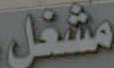
مشغل